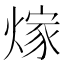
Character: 𮳵